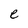
Character: e